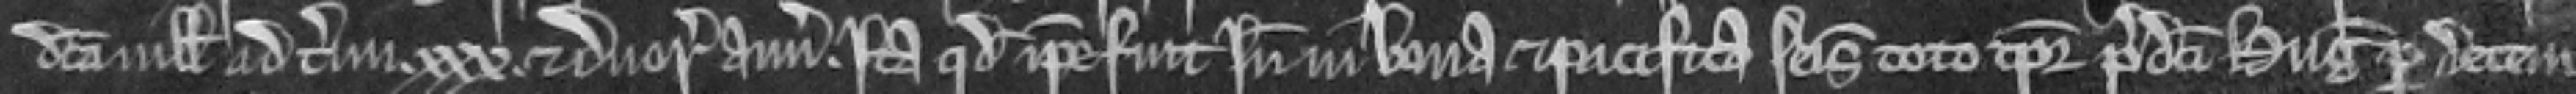
dicta villa ad terminum .xxx. et duorum annorum. Ita quod ipse fuit inde in bona et pacifica seisina toto tempore predicti Hugonis per decem